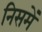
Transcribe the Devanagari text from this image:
निसमें